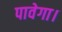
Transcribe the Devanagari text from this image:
पावेगा।